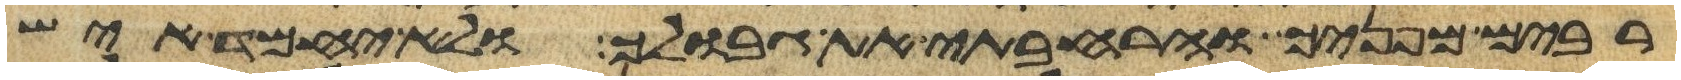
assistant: רבים מפניך והרחבתי את גבולך ולא יחמד איש